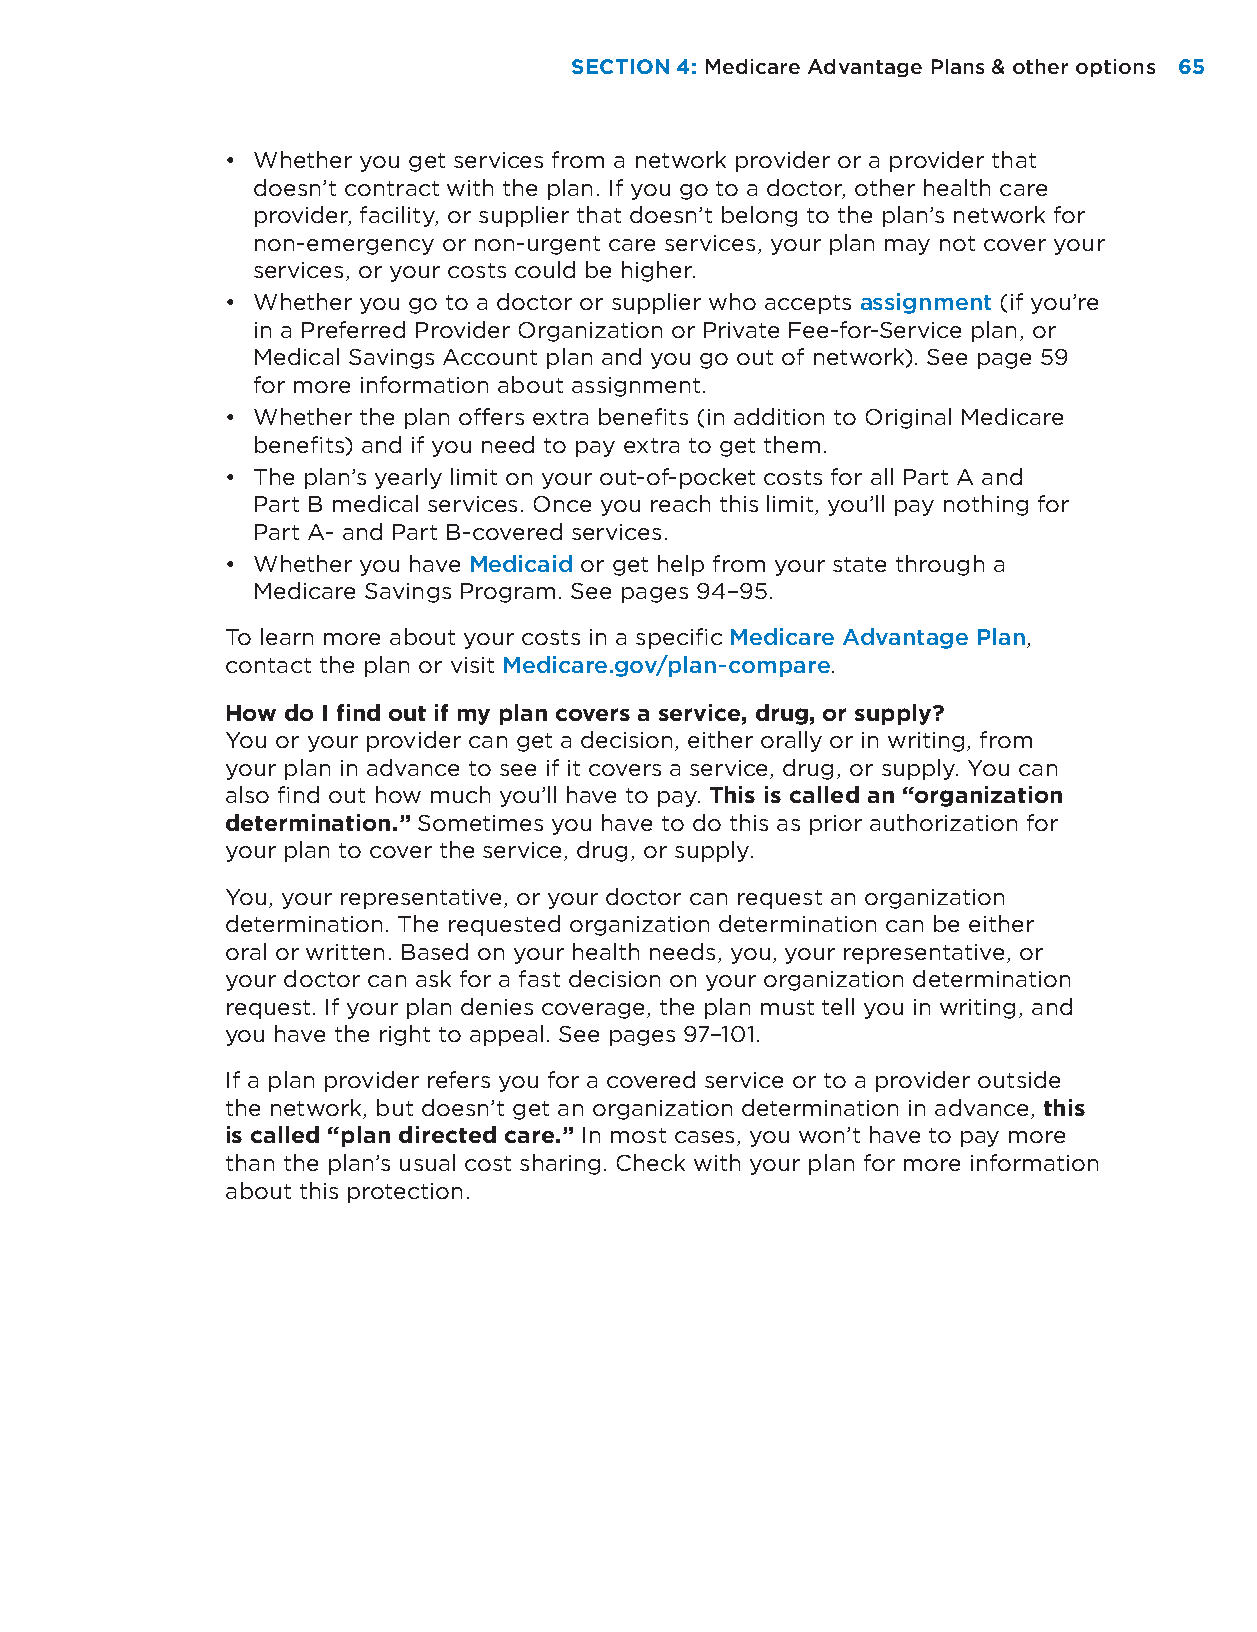
SECTION 4: Medicare Advantage Plans & other options 65
 • Whether you get services from a network provider or a provider that
 doesn’t contract with the plan. If you go to a doctor, other health care
 provider, facility, or supplier that doesn’t belong to the plan’s network for
 non-emergency or non-urgent care services, your plan may not cover your
 services, or your costs could be higher.
 • Whether you go to a doctor or supplier who accepts assignment (if you’re
 in a Preferred Provider Organization or Private Fee-for-Service plan, or
 Medical Savings Account plan and you go out of network). See page 59
 for more information about assignment.
 • Whether the plan offers extra benefits (in addition to Original Medicare
 benefits) and if you need to pay extra to get them.
 • The plan’s yearly limit on your out-of-pocket costs for all Part A and
 Part B medical services. Once you reach this limit, you’ll pay nothing for
 Part A- and Part B-covered services.
 • Whether you have Medicaid or get help from your state through a
 Medicare Savings Program. See pages 94–95.
 To learn more about your costs in a specific Medicare Advantage Plan,
 contact the plan or visit Medicare.gov/plan-compare.
 How do I find out if my plan covers a service, drug, or supply?
 You or your provider can get a decision, either orally or in writing, from
 your plan in advance to see if it covers a service, drug, or supply. You can
 also find out how much you’ll have to pay. This is called an “organization
 determination.” Sometimes you have to do this as prior authorization for
 your plan to cover the service, drug, or supply.
 You, your representative, or your doctor can request an organization
 determination. The requested organization determination can be either
 oral or written. Based on your health needs, you, your representative, or
 your doctor can ask for a fast decision on your organization determination
 request. If your plan denies coverage, the plan must tell you in writing, and
 you have the right to appeal. See pages 97–101.
 If a plan provider refers you for a covered service or to a provider outside
 the network, but doesn’t get an organization determination in advance, this
 is called “plan directed care.” In most cases, you won’t have to pay more
 than the plan’s usual cost sharing. Check with your plan for more information
 about this protection.